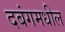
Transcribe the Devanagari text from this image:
दबंगमधील